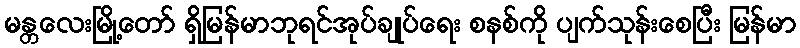
မန္တလေးမြို့တော် ရှိမြန်မာဘုရင်အုပ်ချုပ်ရေး စနစ်ကို ပျက်သုန်းစေပြီး မြန်မာ